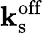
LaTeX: \mathbf{k}_{\mathrm{{s}}}^{\mathrm{{off}}}